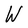
Character: W